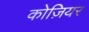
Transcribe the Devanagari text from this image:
कोज़ियर